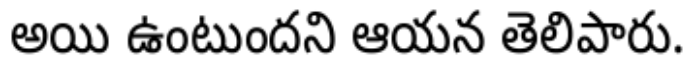
అయి ఉంటుందని ఆయన తెలిపారు.